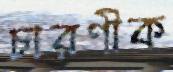
চারণীক